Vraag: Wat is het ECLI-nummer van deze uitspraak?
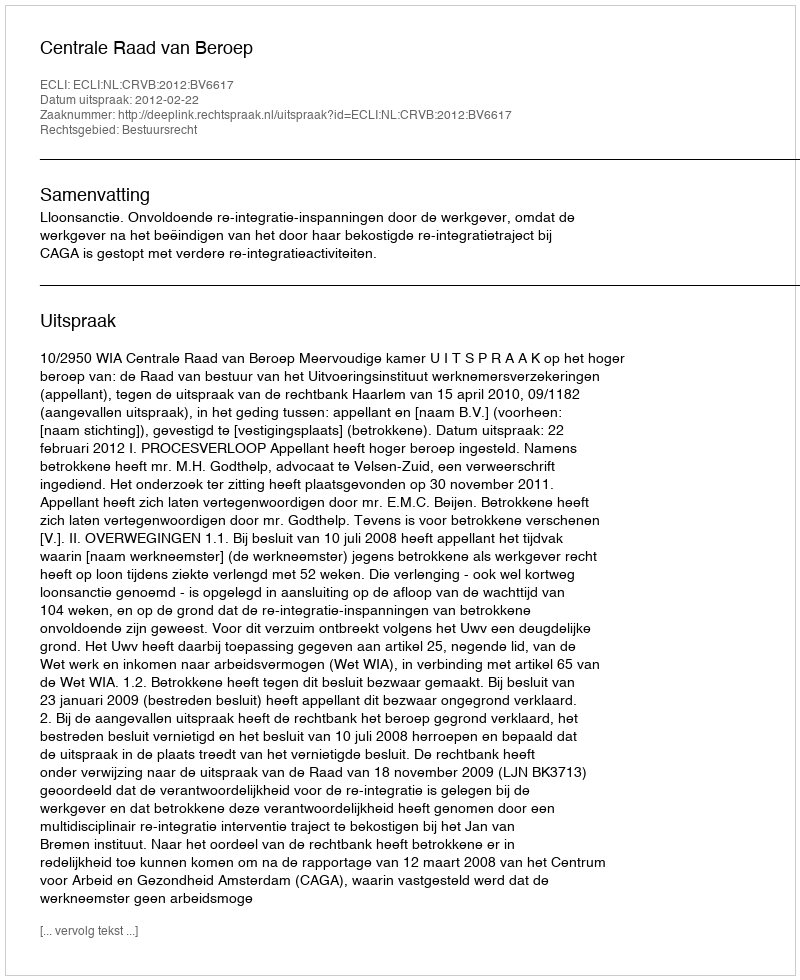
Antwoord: ECLI:NL:CRVB:2012:BV6617